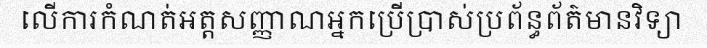
លើការកំណត់អត្តសញ្ញាណអ្នកប្រើប្រាស់ប្រព័ន្ធព័ត៌មានវិទ្យា